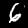
Label: 6